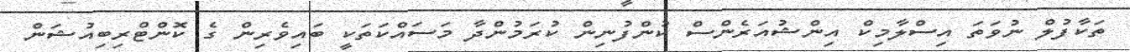
ތަކާފުލް ނުވަތަ އިސްލާމިކް އިންޝުއަރެންސް ކުންފުނިން ކުރަމުންދާ މަސައްކަތަކީ ބައިވެރިން ގެ ކޮންޓްރިބިއުޝަން